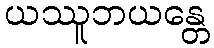
ယဿူဘယန္တေ